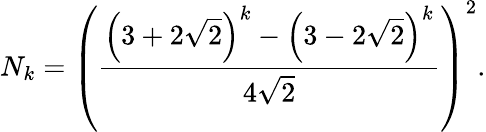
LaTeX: N_{k}=\left({\frac{\left(3+2{\sqrt{2}}\right)^{k}-\left(3-2{\sqrt{2}}\right)^{k}}{4{\sqrt{2}}}}\right)^{2}.